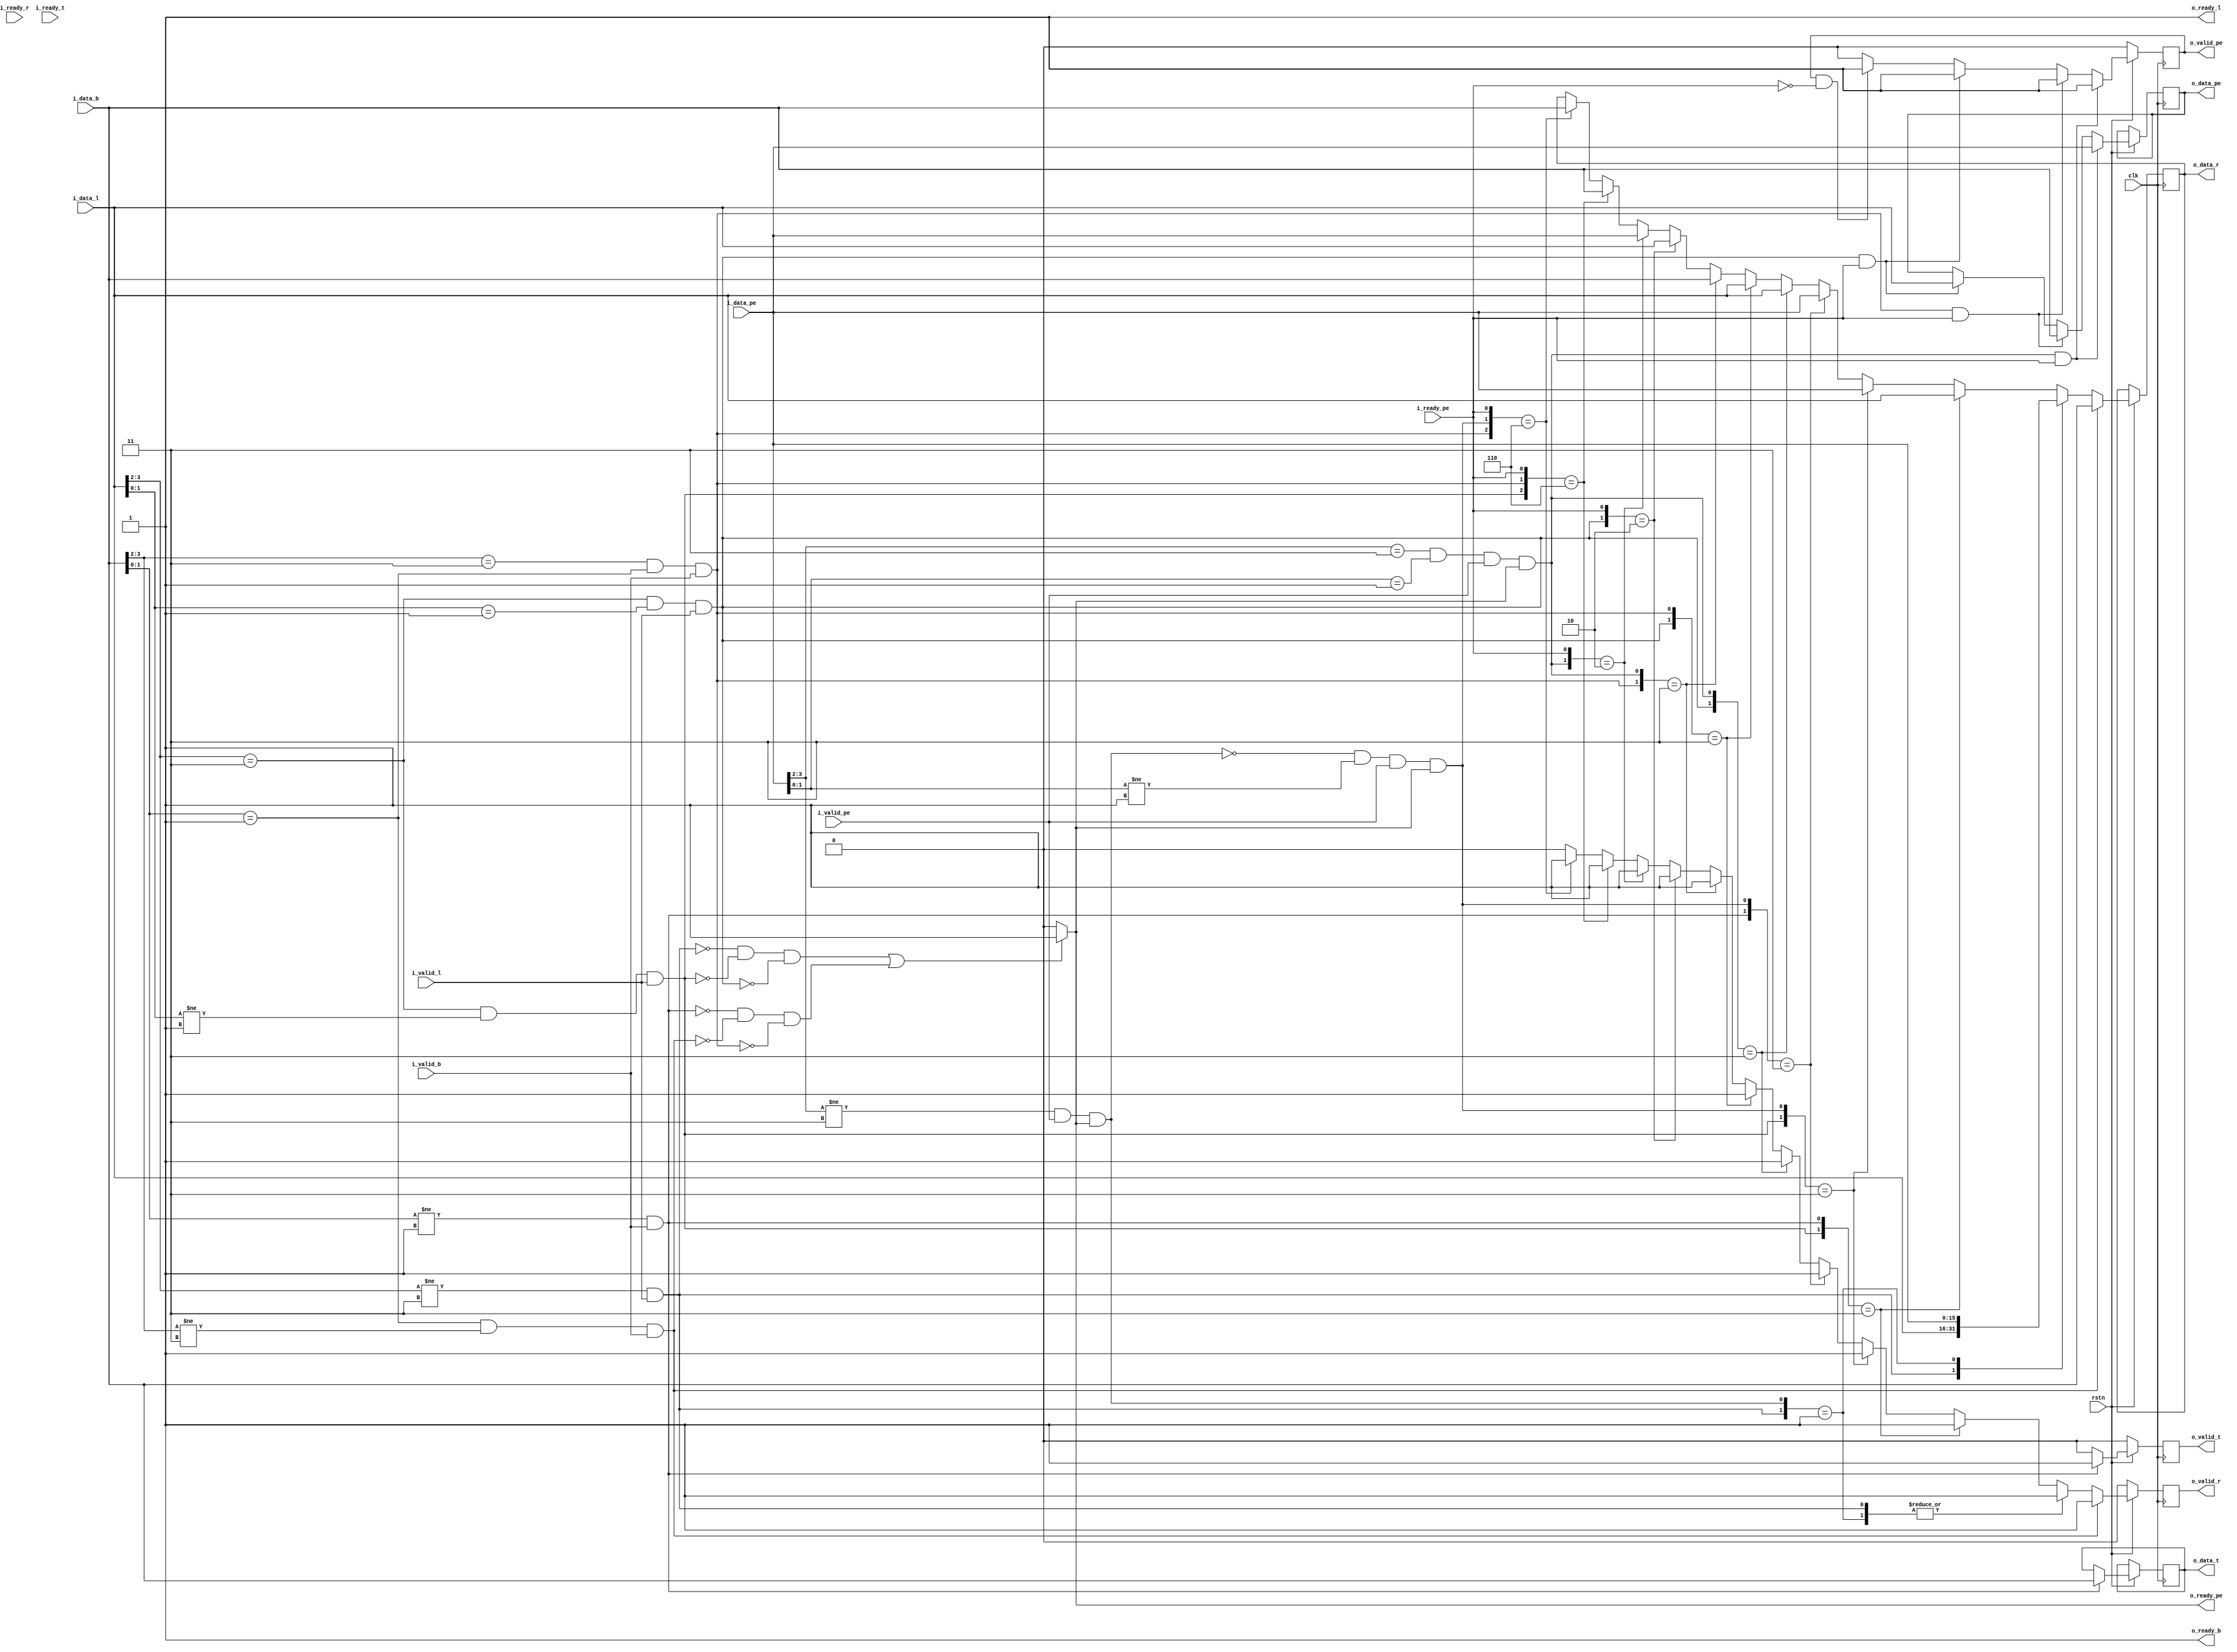
/////////////////////////////////////////////////////////////////////////////////////////////
//Description : Bufferless router following XY routing                                     //
/////////////////////////////////////////////////////////////////////////////////////////////
//switch gen

module switch33 #(parameter x_coord ='d3,parameter y_coord='d1,X=4,Y=4,data_width=8, x_size=2, y_size=2,total_width=(2*x_size+2*y_size+data_width),sw_no=X*Y,layerNo=1,neuronNo=2,numWeight=4,sigmoidSize=5,weightIntWidth=2,bias=16'h1AA5,weightFile="w_1_2")
(
input wire clk,
input wire rstn,
input wire i_ready_r,  //if right side switch is ready to accept data from this switch
input wire i_ready_t,  //if top  switch is ready to accept data from this switch
input wire i_ready_pe, //if PE is ready to accept data from this switch.....this should come from neuron..//incorporate
input wire i_valid_l,  // if data coming from left switch is valid or not
input wire i_valid_b,  // if data coming from bottom switch is valid or not
input wire i_valid_pe, // if data coming from PE is valid or not.....this should come from neuron i.e. finoutvalid
output wire o_ready_l, //if this switch is ready to accept data from left side switch
output wire o_ready_b,  //if this switch is ready to accept data from bottom switch
output reg  o_ready_pe, //if this switch is ready to accept data from PE....//incorporate
output reg o_valid_r,  // if data going out from this switch to right side switch is valid or not
output reg o_valid_t,  // if data going out from this switch to top switch is valid or not
output reg o_valid_pe, // if data going out from this switch to PE is valid or not.....myinputvalid
input wire [total_width-1:0] i_data_l,
input wire [total_width-1:0] i_data_b,
input wire [total_width-1:0] i_data_pe,
output reg [total_width-1:0] o_data_r,
output reg [total_width-1:0] o_data_t,
output reg [total_width-1:0] o_data_pe
);

/*neuron #(.layerNo(layerNo),.neuronNo(neuronNo),.numWeight(numWeight),.sigmoidSize(sigmoidSize),.weightIntWidth(weightIntWidth),.bias(bias),.weightFile(weightFile),.x_coord(x_coord), .y_coord(y_coord))
   nn2(
    .clk(clk),
    .rst(rstn), // assuming active low reset
    .myinput(o_data_pe), //input comes from its own switch 
    .myinputValid(o_valid_pe),  //
    .finout(i_data_pe), //output goes to its own switch
    .finoutvalid(i_valid_pe), 
	.i_ready_pe(i_ready_pe),
	.o_ready_pe(o_ready_pe)
    );*/

wire leftToPe;
wire bottomToPe;
wire peTope;
wire leftToRight;
wire leftToTop;
wire bottomToRight;
wire bottomToTop;
wire peToTop;
wire peToRight;

assign  o_ready_l = 1'b1;
assign  o_ready_b = 1'b1;
//assign  o_ready_pe = 1'b1;

assign leftToPe = ((i_data_l[3:2]==x_coord) & (i_data_l[1:0]==y_coord) & i_valid_l);
assign leftToRight = ((i_data_l[3:2]!=x_coord) & i_valid_l);
//assign leftToTop = ((i_data_l[3:2]!=x_coord) & i_valid_l);
assign leftToTop = (i_data_l[3:2]==x_coord) & (i_data_l[1:0]!=y_coord) & i_valid_l;
assign bottomToPe = (i_data_b[3:2]==x_coord) & (i_data_b[1:0]==y_coord) & i_valid_b;
assign bottomToRight = (i_data_b[1:0]==y_coord) & (i_data_b[3:2]!=x_coord) & i_valid_b;// ? 1'b1 : 1'b0;
assign bottomToTop = (i_data_b[1:0]!=y_coord ) & i_valid_b;
assign peTope = ((i_data_pe[3:2]==x_coord) & (i_data_pe[1:0]==y_coord) & i_valid_pe & o_ready_pe);
assign peToRight = ((i_data_pe[3:2]!=x_coord) & i_valid_pe & o_ready_pe);
assign peToTop = (~peToRight & (i_data_pe[1:0]!=y_coord) & i_valid_pe & o_ready_pe);


always @(*)
begin
    //If there are no packets to either right or top, we can accept data from PE
    //If packets have to be sent to both out ports, will have to back pressure the PE
    if((~leftToRight & ~leftToTop & ~leftToPe) | (~bottomToTop & ~bottomToRight & ~bottomToPe))
    begin
        o_ready_pe = 1'b1;
    end
    else
    begin
        o_ready_pe = 1'b0;
    end
end

always @(posedge clk)
begin
    if(!rstn)
        o_valid_r <=1'b0;
    //Whenever data from left wants to go right, it will be given preference
    else
    begin
        casex({leftToRight,leftToTop,leftToPe,bottomToRight,bottomToTop,bottomToPe,peTope,peToRight,peToTop,i_ready_pe})
            10'bxxx_1xx_xxx_x:begin //bottomToRight
                o_data_r  <= i_data_b;
                o_valid_r <= 1'b1;
            end
            10'b1xx_xxx_xxx_x:begin//leftToRight
                o_data_r  <= i_data_l;
                o_valid_r <= 1'b1;
            end
            10'b0xx_xxx_x1x_x:begin//peToRight
                o_data_r  <= i_data_pe;
                o_valid_r <= 1'b1;
            end
            10'bx1x_x1x_xxx_x:begin //leftToTop & bottomToTop
                o_data_r <= i_data_l;
                o_valid_r <= 1'b1;
            end
            10'bx1x_xxx_xx1_x:begin //leftToTop & peToTop
                o_data_r <= i_data_pe;
                o_valid_r <= 1'b1;
            end
            10'bxxx_x1x_xx1_x:begin//peToTop & bottomToTop
                o_data_r  <= i_data_pe;
                o_valid_r <= 1'b1;
            end
            10'bxx1_xxx_1xx_x:begin//leftToPe & peTope
                o_data_r  <= i_data_l;
                o_valid_r <= 1'b1;
            end
            10'bxx1_xx1_xxx_x:begin//leftToPe & bottomToPe
                o_data_r  <= i_data_l;
                o_valid_r <= 1'b1;
            end
            10'bxxx_xx1_1xx_x:begin//peTope & bottomToPe
                o_data_r  <= i_data_b;
                o_valid_r <= 1'b1;
            end
            10'bxx1_xxx_xxx_0:begin//leftToPe & !i_ready_pe
                o_data_r  <= i_data_l;
                o_valid_r <= 1'b1;
            end
            10'bxxx_xxx_1xx_0:begin//peTope & !i_ready_pe
                o_data_r <= i_data_pe;
                o_valid_r <= 1'b1;
            end
            10'bx1x_xx1_xxx_0:begin//leftToTop & bottomToPe & !i_ready_pe
                o_data_r <= i_data_b;
                o_valid_r <= 1'b1;
            end
            10'bxxx_xx1_xx1_0:begin//peToTop & bottomToPe & !i_ready_pe
                o_data_r  <= i_data_b;
                o_valid_r <= 1'b1;
            end
            default:begin
                o_valid_r <= 1'b0;
            end
        endcase
    end
end


always @(posedge clk)
begin
    if(!rstn)
        o_valid_t <= 1'b0;
    else
    begin
        casex({leftToRight,leftToTop,leftToPe,bottomToRight,bottomToTop,bottomToPe,peTope,peToRight,peToTop,i_ready_pe})
            10'bxxx_x1x_xxx_x:begin//bottomToTop
                o_data_t <= i_data_b;
                o_valid_t <= 1'b1;
            end
            /*10'bx1x_xxx_xxx_x:begin //leftToTop
                o_data_t <= i_data_l;
                o_valid_t <= 1'b1;
            end
            10'bxxx_xxx_xx1_x:begin //peToTop
                o_data_t <= i_data_pe;
                o_valid_t <= 1'b1;
            end
            10'b1xx_1xx_xxx_x:begin //bottomToRight & leftToRight
                o_data_t <= i_data_l;
                o_valid_t <= 1'b1;
            end
            10'bxxx_1xx_x1x_x:begin //bottomToRight & peToRight
                o_data_t <= i_data_pe;
                o_valid_t <= 1'b1;
            end
            10'bxx1_1xx_xxx_0:begin//bottomToRight & leftToPe & ~i_ready_pe
                o_data_t <= i_data_l;
                o_valid_t <= 1'b1;
            end
            10'bxxx_1xx_1xx_0:begin//bottomToRight & peTope & ~i_ready_pe
                o_data_t <= i_data_pe;
                o_valid_t <= 1'b1;
            end
            10'b1xx_xxx_x1x_x:begin //leftToRight & peToRight
                o_data_t <= i_data_pe;
                o_valid_t <= 1'b1;
            end
            10'b1xx_xxx_1xx_0:begin //leftToRight & peTope & ~i_ready_pe
                o_data_t <= i_data_pe;
                o_valid_t <= 1'b1;
            end
            10'bxx1_xxx_x1x_0:begin//leftToPe & peToRight & ~i_ready_pe
                o_data_t <= i_data_l;
                o_valid_t <= 1'b1;
            end
            10'bxx1_xxx_1xx_0:begin //leftToPe & peTope & ~i_ready_pe
                o_data_t <= i_data_pe;
                o_valid_t <= 1'b1;
            end
            10'bxxx_xx1_1xx_0:begin//bottomToPe & peTope & ~i_ready_pe
                o_data_t <= i_data_pe;
                o_valid_t <= 1'b1;
            end
            10'bxxx_xx1_xxx_0:begin//bottomToPe & ~i_ready_pe
                o_data_t <= i_data_b;
                o_valid_t <= 1'b1;
            end*/
            default:begin
                o_valid_t <= 1'b0;
            end
        endcase
    end
end

always @(posedge clk)
begin
    if(!rstn)
        o_valid_pe <= 1'b0; 
        
    else if(peTope & i_ready_pe)
    begin
        o_data_pe <= i_data_pe;
        o_valid_pe <=1'b1;
    end
    else if(bottomToPe & i_ready_pe)
    begin
        o_data_pe  <= i_data_b;
        o_valid_pe <= 1'b1;
    end
    else if(leftToPe & i_ready_pe)
    begin
        o_data_pe <= i_data_l;
        o_valid_pe <= 1'b1;
    end
    else if(o_valid_pe & ~i_ready_pe)
        o_valid_pe <=1'b1;
    else
        o_valid_pe <=1'b0;
end


endmodule